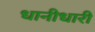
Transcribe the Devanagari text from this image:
धानीधारी